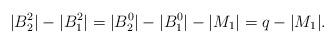
LaTeX: \begin{align*}|B_2^2| - |B_1^2| = |B_2^0| - |B_1^0| - |M_1| = q - |M_1|.\end{align*}